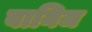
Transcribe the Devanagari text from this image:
बानिज